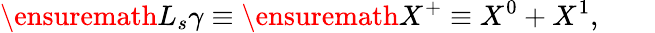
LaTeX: \ensuremath{L_{s}}\gamma\equiv\ensuremath{X^{+}}\equiv X^{0}+X^{1},\qquad